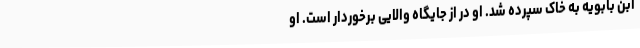
ابن بابویه به خاک سپرده شد. او در از جایگاه والایی برخوردار است. او